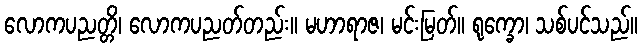
လောကပညတ္တိ၊ လောကပညတ်တည်း။ မဟာရာဇ၊ မင်းမြတ်။ ရုက္ခော၊ သစ်ပင်သည်။